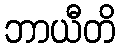
ဘာယီတိ